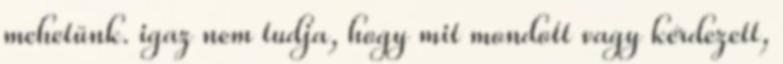
mehetünk. igaz nem tudja, hogy mit mondott vagy kérdezett,